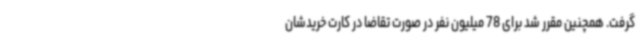
گرفت. همچنین مقرر شد برای 78 میلیون نفر در صورت تقاضا در کارت خریدشان